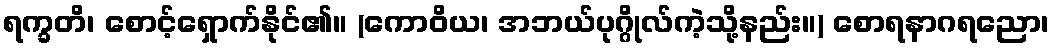
ရက္ခတိ၊ စောင့်ရှောက်နိုင်၏။ (ကောဝိယ၊ အဘယ်ပုဂ္ဂိုလ်ကဲ့သို့နည်း။) စောရနာဂရညော၊